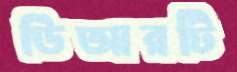
ডিআরটি